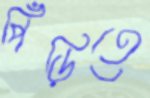
পিঁড়িতে